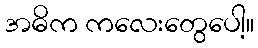
အဓိက ကလေးတွေပေါ့။